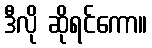
ဒီလို ဆိုရင်ကော။